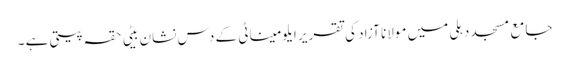
جامع مسجد دہلی میں مولانا آزاد کی تقریر	ایلومیناٹی کے دس نشان	بیٹی حقہ پیتی ہے ۔